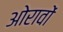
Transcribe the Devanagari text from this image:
ओरावों